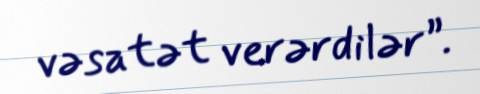
vəsatət verərdilər”.